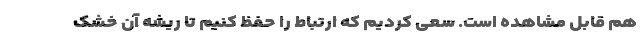
هم قابل مشاهده است. سعی کردیم که ارتباط را حفظ کنیم تا ریشه آن خشک